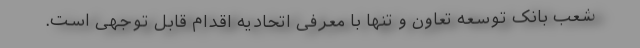
شعب بانک توسعه تعاون و تنها با معرفی اتحادیه اقدام قابل توجهی است.